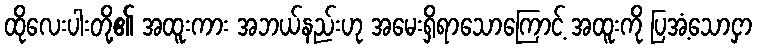
ထိုလေးပါးတို့၏ အထူးကား အဘယ်နည်းဟု အမေးရှိရာသောကြောင့် အထူးကို ပြအံ့သောငှာ